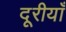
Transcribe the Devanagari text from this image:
दूरीयाँ